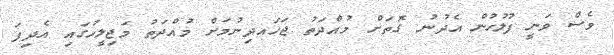
ވެސް ވަނީ ފުލުހުން އެދުނު ގޮތަށް މުއްދަތު ޖަހައދިނުމަށް މުއްދަތު މަޖިލީހުގައި އެދިފަ